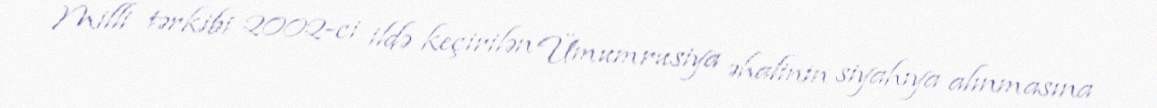
Milli tərkibi 2002-ci ildə keçirilən Ümumrusiya əhalinin siyahıya alınmasına